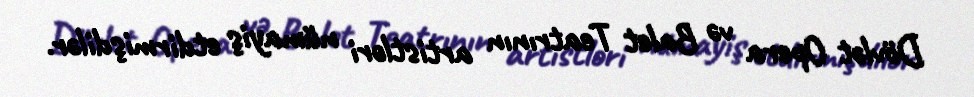
Dövlət Opera və Balet Teatrının artistləri nümayiş etdirmişdilər.